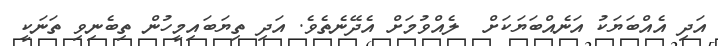
އަދި އެއްބަޔަކު އަނެއްބަޔަކަށް  ލެއްވުމަށް އެދޭނެތެވެ. އަދި ތިޔަބައިމީހުން ތިބެނިވި ތަނަކީ